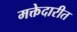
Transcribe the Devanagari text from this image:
मक्तेदारीत